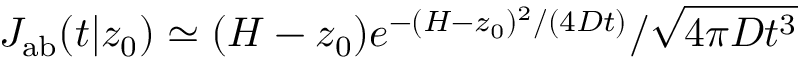
J _ { \mathrm { { a b } } } ( t | z _ { 0 } ) \simeq ( H - z _ { 0 } ) e ^ { - ( H - z _ { 0 } ) ^ { 2 } / ( 4 D t ) } / \sqrt { 4 \pi D t ^ { 3 } }